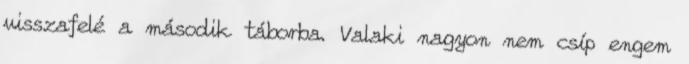
visszafelé a második táborba. Valaki nagyon nem csíp engem